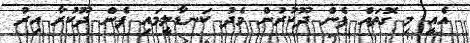
އެއީ މި ގޮތައް ފެން ދޫކުރުން މެދު ކަނޑާލީމައި ފެން ދޫކުރާ އިރު